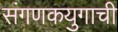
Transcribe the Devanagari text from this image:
संगणकयुगाची